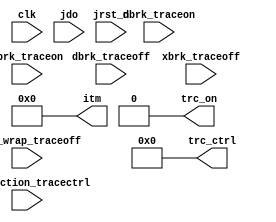
module system1_nios2_gen2_0_cpu_nios2_oci_itrace (
                                                    clk,
                                                    dbrk_traceoff,
                                                    dbrk_traceon,
                                                    jdo,
                                                    jrst_n,
                                                    take_action_tracectrl,
                                                    xbrk_traceoff,
                                                    xbrk_traceon,
                                                    xbrk_wrap_traceoff,
                                                    itm,
                                                    trc_ctrl,
                                                    trc_on
                                                 )
;
  output  [ 35: 0] itm;
  output  [ 15: 0] trc_ctrl;
  output           trc_on;
  input            clk;
  input            dbrk_traceoff;
  input            dbrk_traceon;
  input   [ 15: 0] jdo;
  input            jrst_n;
  input            take_action_tracectrl;
  input            xbrk_traceoff;
  input            xbrk_traceon;
  input            xbrk_wrap_traceoff;
wire             advanced_exc_occured;
wire             curr_pid;
wire    [  1: 0] dct_code;
wire             dct_is_taken;
wire    [ 31: 0] eic_addr;
wire    [ 31: 0] exc_addr;
wire             instr_retired;
wire             is_cond_dct;
wire             is_dct;
wire             is_exception_no_break;
wire             is_external_interrupt;
wire             is_fast_tlb_miss_exception;
wire             is_idct;
wire    [ 35: 0] itm;
wire             not_in_debug_mode;
wire             record_dct_outcome_in_sync;
wire             record_itrace;
wire    [ 31: 0] retired_pcb;
wire    [  1: 0] sync_code;
wire    [  6: 0] sync_interval;
wire    [  6: 0] sync_timer;
wire    [  6: 0] sync_timer_next;
wire             sync_timer_reached_zero;
wire    [ 15: 0] trc_ctrl;
reg     [ 10: 0] trc_ctrl_reg ;
wire             trc_on;
  assign is_cond_dct = 1'b0;
  assign is_dct = 1'b0;
  assign dct_is_taken = 1'b0;
  assign is_idct = 1'b0;
  assign retired_pcb = 32'b0;
  assign not_in_debug_mode = 1'b0;
  assign instr_retired = 1'b0;
  assign advanced_exc_occured = 1'b0;
  assign is_exception_no_break = 1'b0;
  assign is_external_interrupt = 1'b0;
  assign is_fast_tlb_miss_exception = 1'b0;
  assign curr_pid = 1'b0;
  assign exc_addr = 32'b0;
  assign eic_addr = 32'b0;
  assign sync_code = trc_ctrl[3 : 2];
  assign sync_interval = { sync_code[1] & sync_code[0], 1'b0, sync_code[1] & ~sync_code[0], 1'b0, ~sync_code[1] & sync_code[0], 2'b00 };
  assign sync_timer_reached_zero = sync_timer == 0;
  assign record_dct_outcome_in_sync = dct_is_taken & sync_timer_reached_zero;
  assign sync_timer_next = sync_timer_reached_zero ? sync_timer : (sync_timer - 1);
  assign record_itrace = trc_on & trc_ctrl[4];
  assign dct_code = {is_cond_dct, dct_is_taken};
  assign itm = 36'd0;
  assign sync_timer = 7'd1;
  always @(posedge clk or negedge jrst_n)
    begin
      if (jrst_n == 0)
        begin
          trc_ctrl_reg[0] <= 1'b0;
          trc_ctrl_reg[1] <= 1'b0;
          trc_ctrl_reg[3 : 2] <= 2'b00;
          trc_ctrl_reg[4] <= 1'b0;
          trc_ctrl_reg[7 : 5] <= 3'b000;
          trc_ctrl_reg[8] <= 0;
          trc_ctrl_reg[9] <= 1'b0;
          trc_ctrl_reg[10] <= 1'b0;
        end
      else if (take_action_tracectrl)
        begin
          trc_ctrl_reg[0] <= jdo[5];
          trc_ctrl_reg[1] <= jdo[6];
          trc_ctrl_reg[3 : 2] <= jdo[8 : 7];
          trc_ctrl_reg[4] <= jdo[9];
          trc_ctrl_reg[9] <= jdo[14];
          trc_ctrl_reg[10] <= jdo[2];
          trc_ctrl_reg[7 : 5] <= 3'b000;
          trc_ctrl_reg[8] <= 1'b0;
        end
      else if (xbrk_wrap_traceoff)
        begin
          trc_ctrl_reg[1] <= 0;
          trc_ctrl_reg[0] <= 0;
        end
      else if (dbrk_traceoff | xbrk_traceoff)
          trc_ctrl_reg[1] <= 0;
      else if (trc_ctrl_reg[0] & 
                                  (dbrk_traceon | xbrk_traceon))
          trc_ctrl_reg[1] <= 1;
    end
  assign trc_ctrl = 0;
  assign trc_on = trc_ctrl[1] & (trc_ctrl[9] | not_in_debug_mode);
endmodule